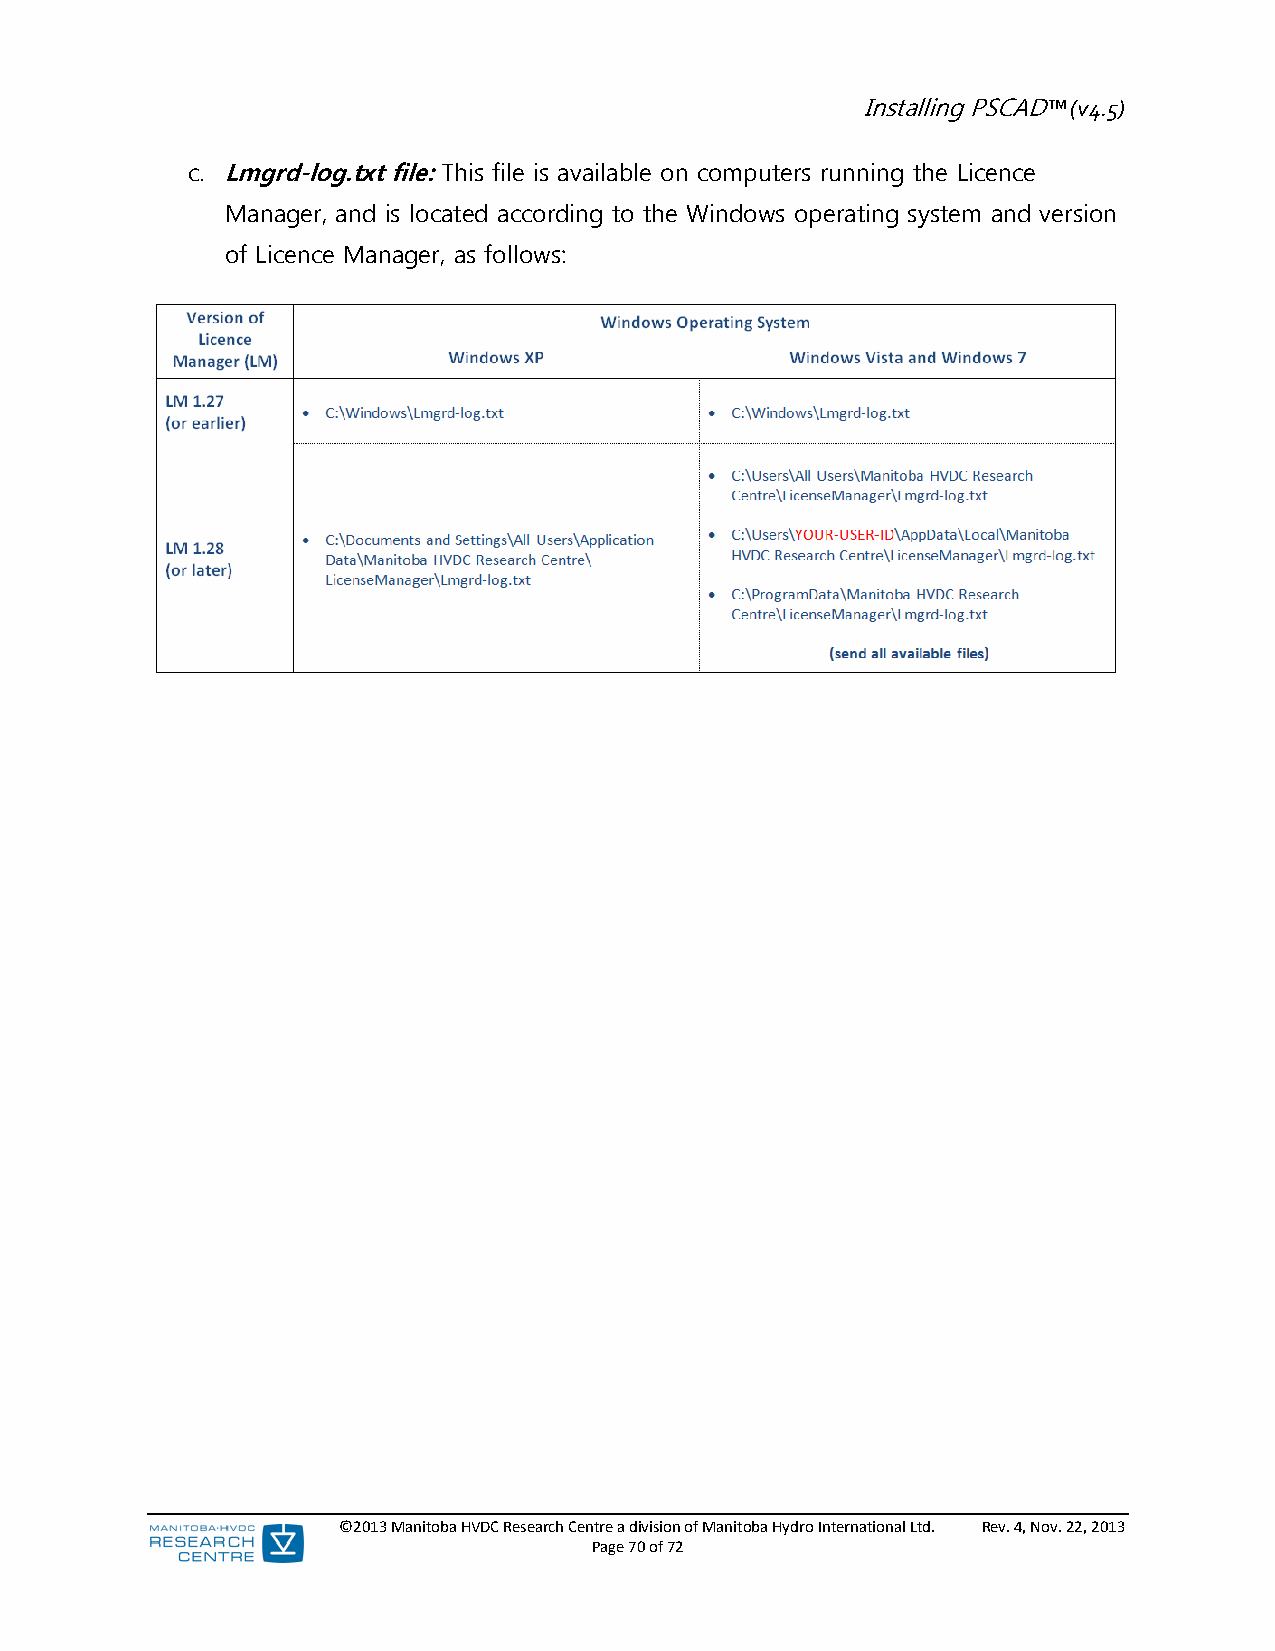
Installing PSCAD™ (v4.5)
 c. Lmgrd-log.txt file: This file is available on computers running the Licence
 Manager, and is located according to the Windows operating system and version
 of Licence Manager, as follows:
 ©2013 Manitoba HVDC Research Centre a division of Manitoba Hydro International Ltd. Rev. 4, Nov. 22, 2013
 Page 70 of 72